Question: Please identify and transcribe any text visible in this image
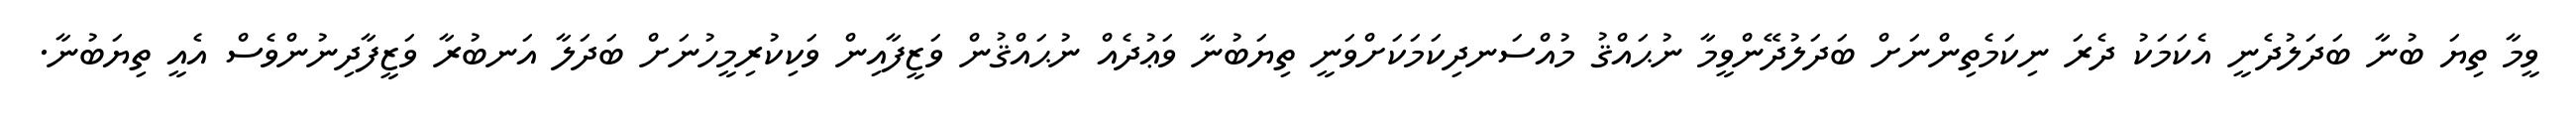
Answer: ވީމާ ތިޔަ ބުނާ ބަދަލުދެނީ އެކަމަކު ދެރަ ނިކަމެތިންނަށް ބަދަލުދޭންވީމާ ނުޙައްޤު މުއްސަނދިކަމަކަށްވަނީ ތިޔަބުނާ ވަޢުދެއް ނުޙައްޤުން ވަޒީފާއިން ވަކިކުރިމީހުނަށް ބަދަލާ އަނބުރާ ވަޒީފާދިނުންވެސް އެއީ ތިޔަބުނާ.